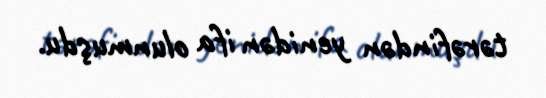
tərəfindən yenidən ifa olunmuşdu.